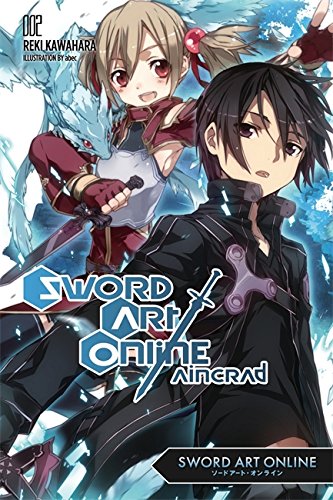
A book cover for Sword Art Online 2:  Aincrad; Reki Kawahara; Comics & Graphic Novels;